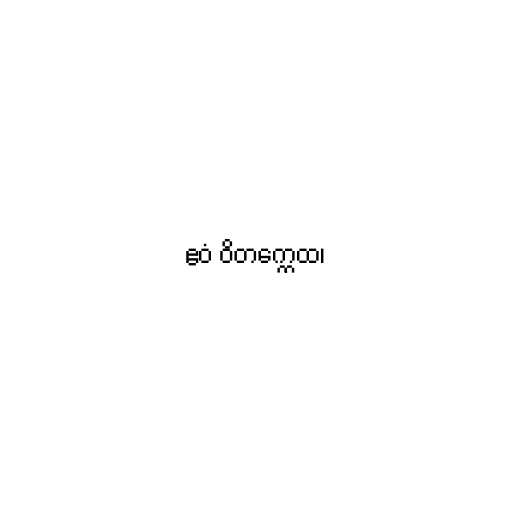
ဧဝံ ဝိတက္ကေထ၊